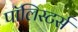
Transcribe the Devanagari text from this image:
पॉलिस्टर्स